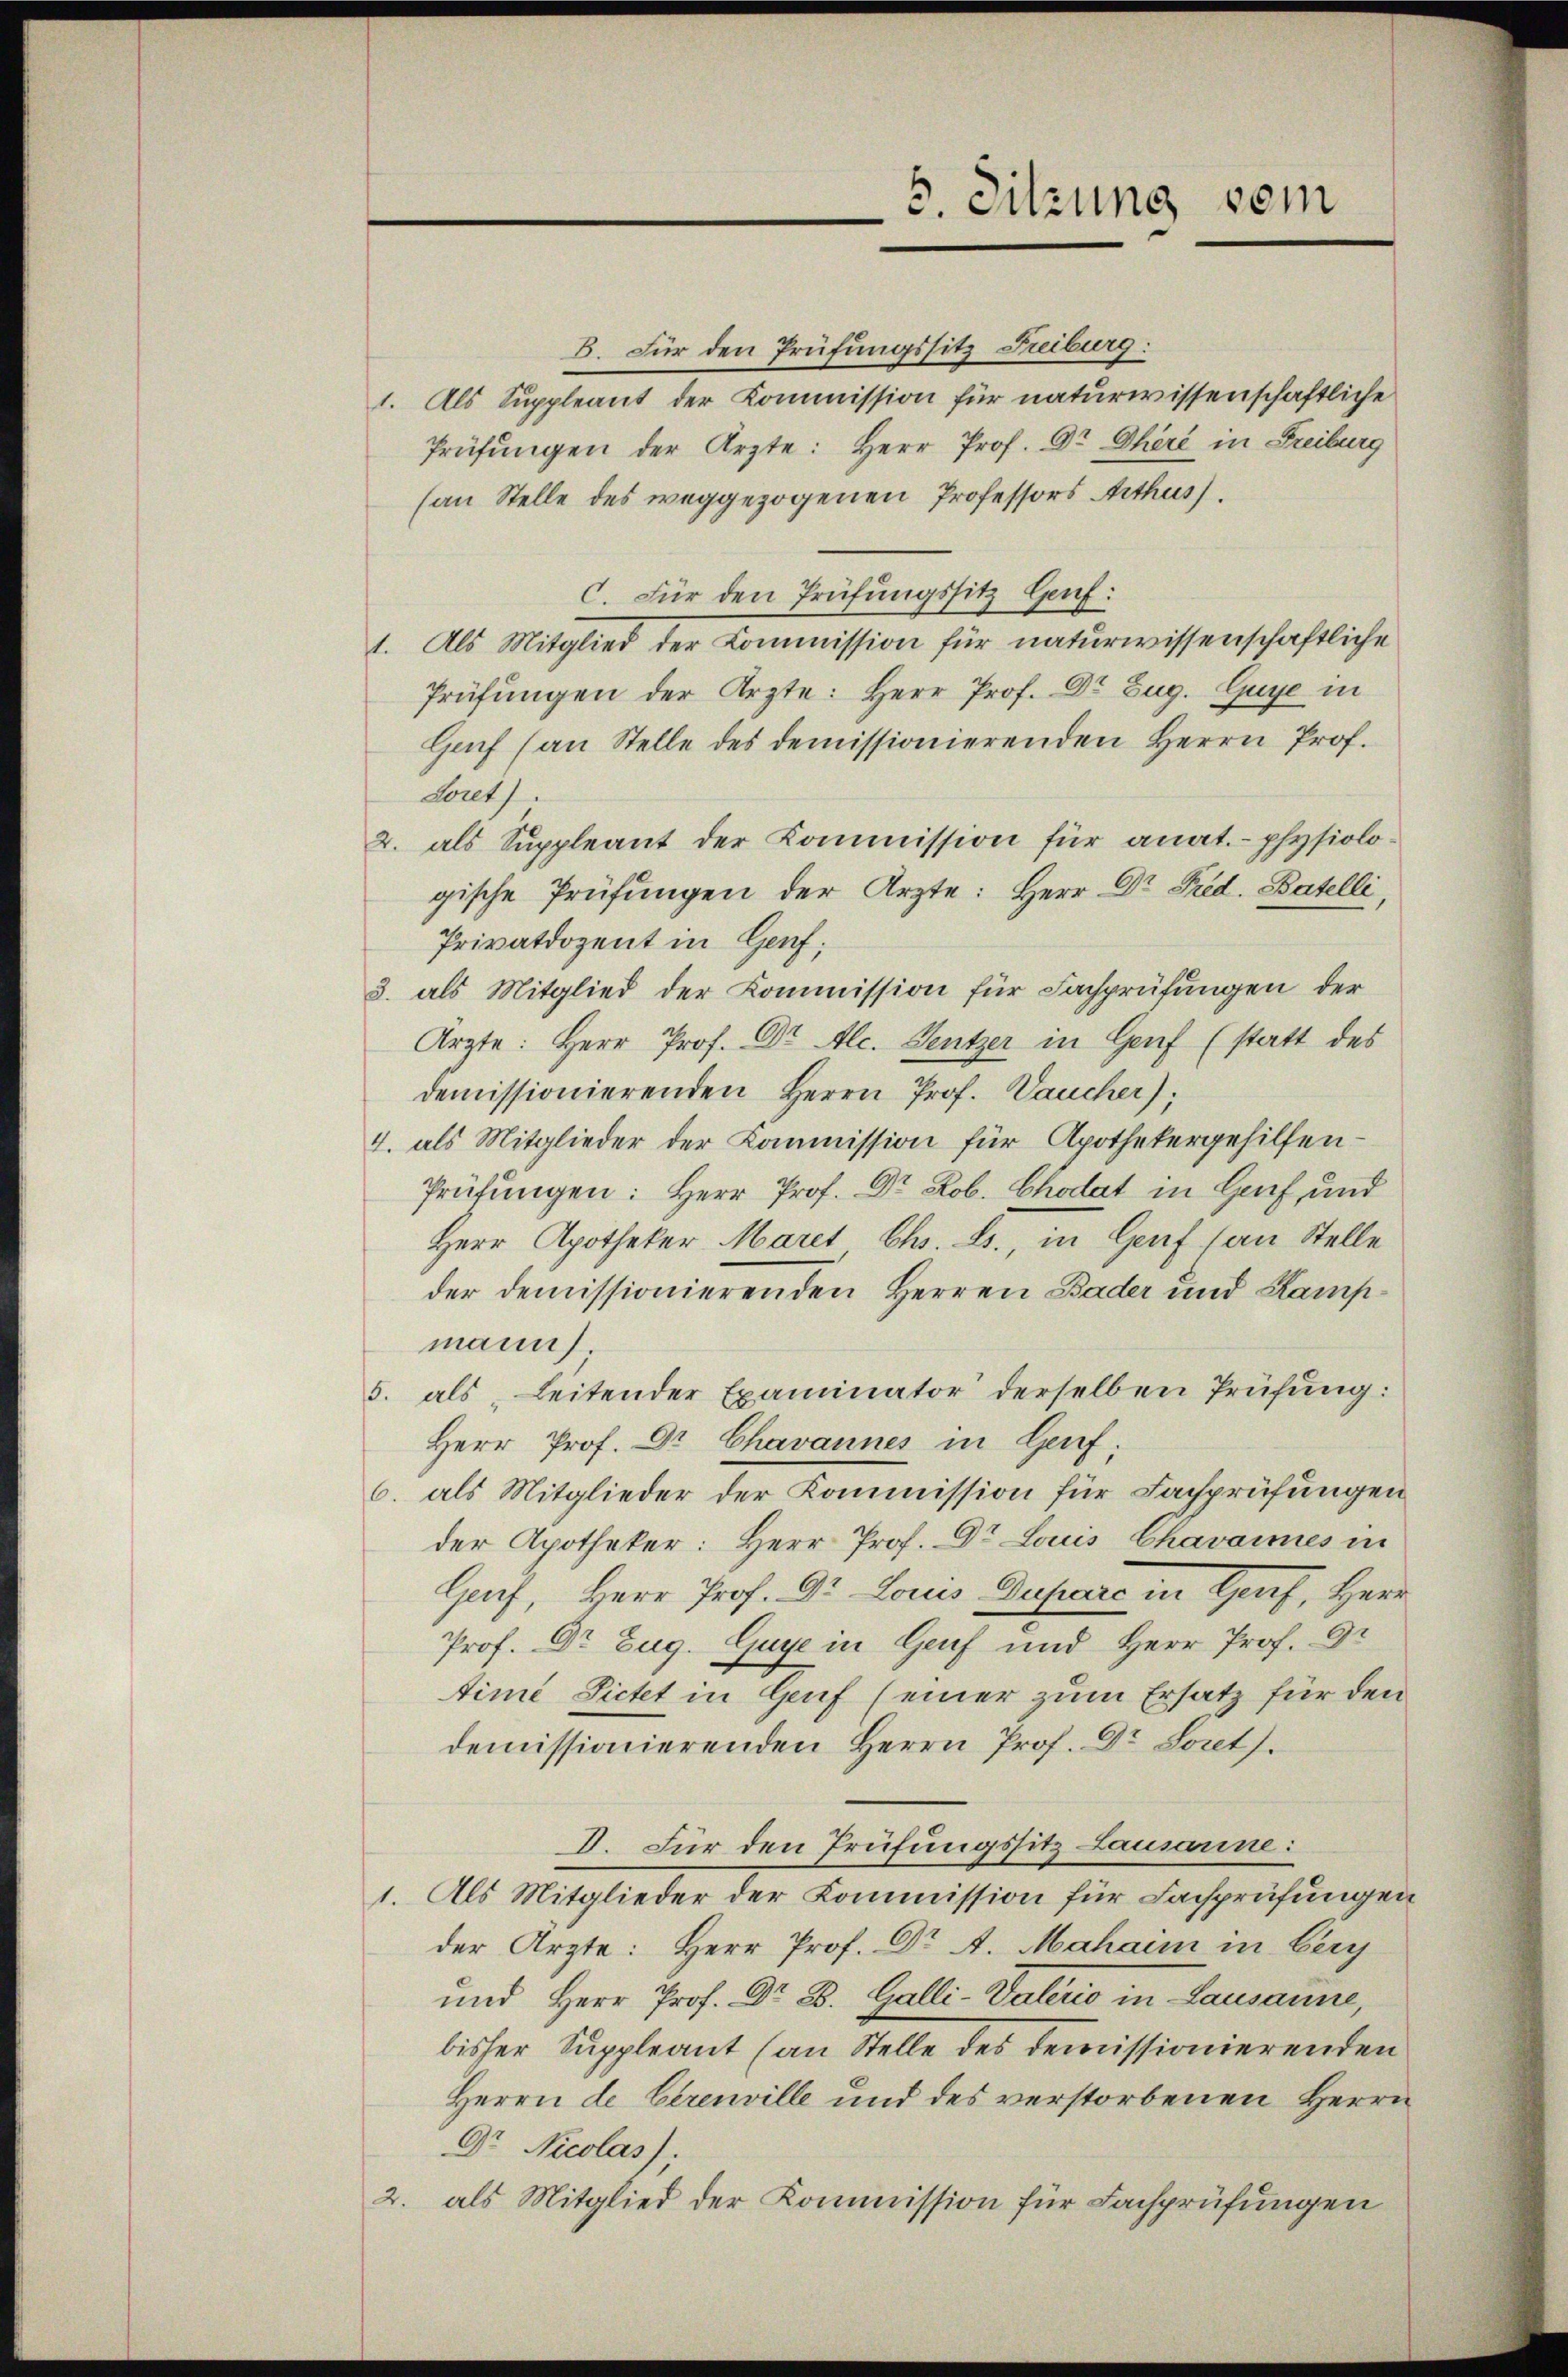
6. Sitzung vom

B. Für den Prüfungssitz Freiburg:
1. Als Suppleant der Kommission für naturwissenschaftliche
Prüfŭngen der Ärzte: Herr Prof. Dr. Ohéré in Freiburg
(an Stelle des weggezogenen Professors Arthus.
C. Für den Prüfungssitz Gruf:
1. Als Mitglied der Kommission für naturwissenschaftliche
Prüfungen der Ärzte: Herr Prof. Dr. Zug. Guye in
Grf (an Stelle des demissionierenden Herrn Prof.
Loret).
2. als Suppleant der Kommission für anat.- physiologische Prüfungen der Ärzte: Herr Dr. Fred. Batelli,
Privatdozent in Genf;
3. als Mitglied der Kommission für Fachprüfungen der
Ärzte: Herr Prof. Dr. Alc. Gentzer in Genf (statt des
demissionierenden Herrn Prof. Laucher),
4. als Mitglieder der Kommission für Apothekergehilfen-
Prüfŭngen: Herr Prof. Dr. Rob. Chodat in Genf und
Herr Apotheker Maret Chr. L., in Genf (an Stelle
der demissionierenden Herren Bader und Kampmann.
5. als Leitender Examinator derselben Prüfung:
Herr Prof. Dr Chavannes in Genf;
6. als Mitglieder der Kommission für Fachprüfungen
der Apotheker: Herr Prof. Dr Louis Chavannes in
Gach, Herr Prof. Dr. Louis Dupore in Genf, Herr
Prof. Dr Zug. Guye in Genf und Herr Prof. Dr
time Sichet in Genf (einer zum Ersatz für den
demissionierenden Herrn Prof. Dr Loret.
D. Für den Prüfungssitz Lausanne:
1. Als Mitglieder der Kommission für Fachprüfungen
der Ärzte: Herr Prof. Dr A. Mahaim in Bery
und Herr Prof. Dr. 25. Galli-Vaterio in Lausanne,
bisher Suppleant (an Stelle des demissionierenden
Herrn de berenville und des verstorbenen Herrn
Dr. Nicolas);
2. als Mitglied der Kommission für Fachprüfungen